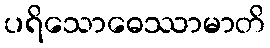
ပရိသောဓေဿာမာတိ